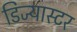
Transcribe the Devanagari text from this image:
डिज्यास्टर